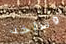
وسآخذ